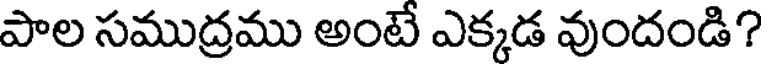
పాల సముద్రము అంటే ఎక్కడ వుందండి?